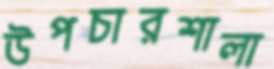
উপচারশালা